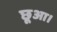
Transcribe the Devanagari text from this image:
छूआ।